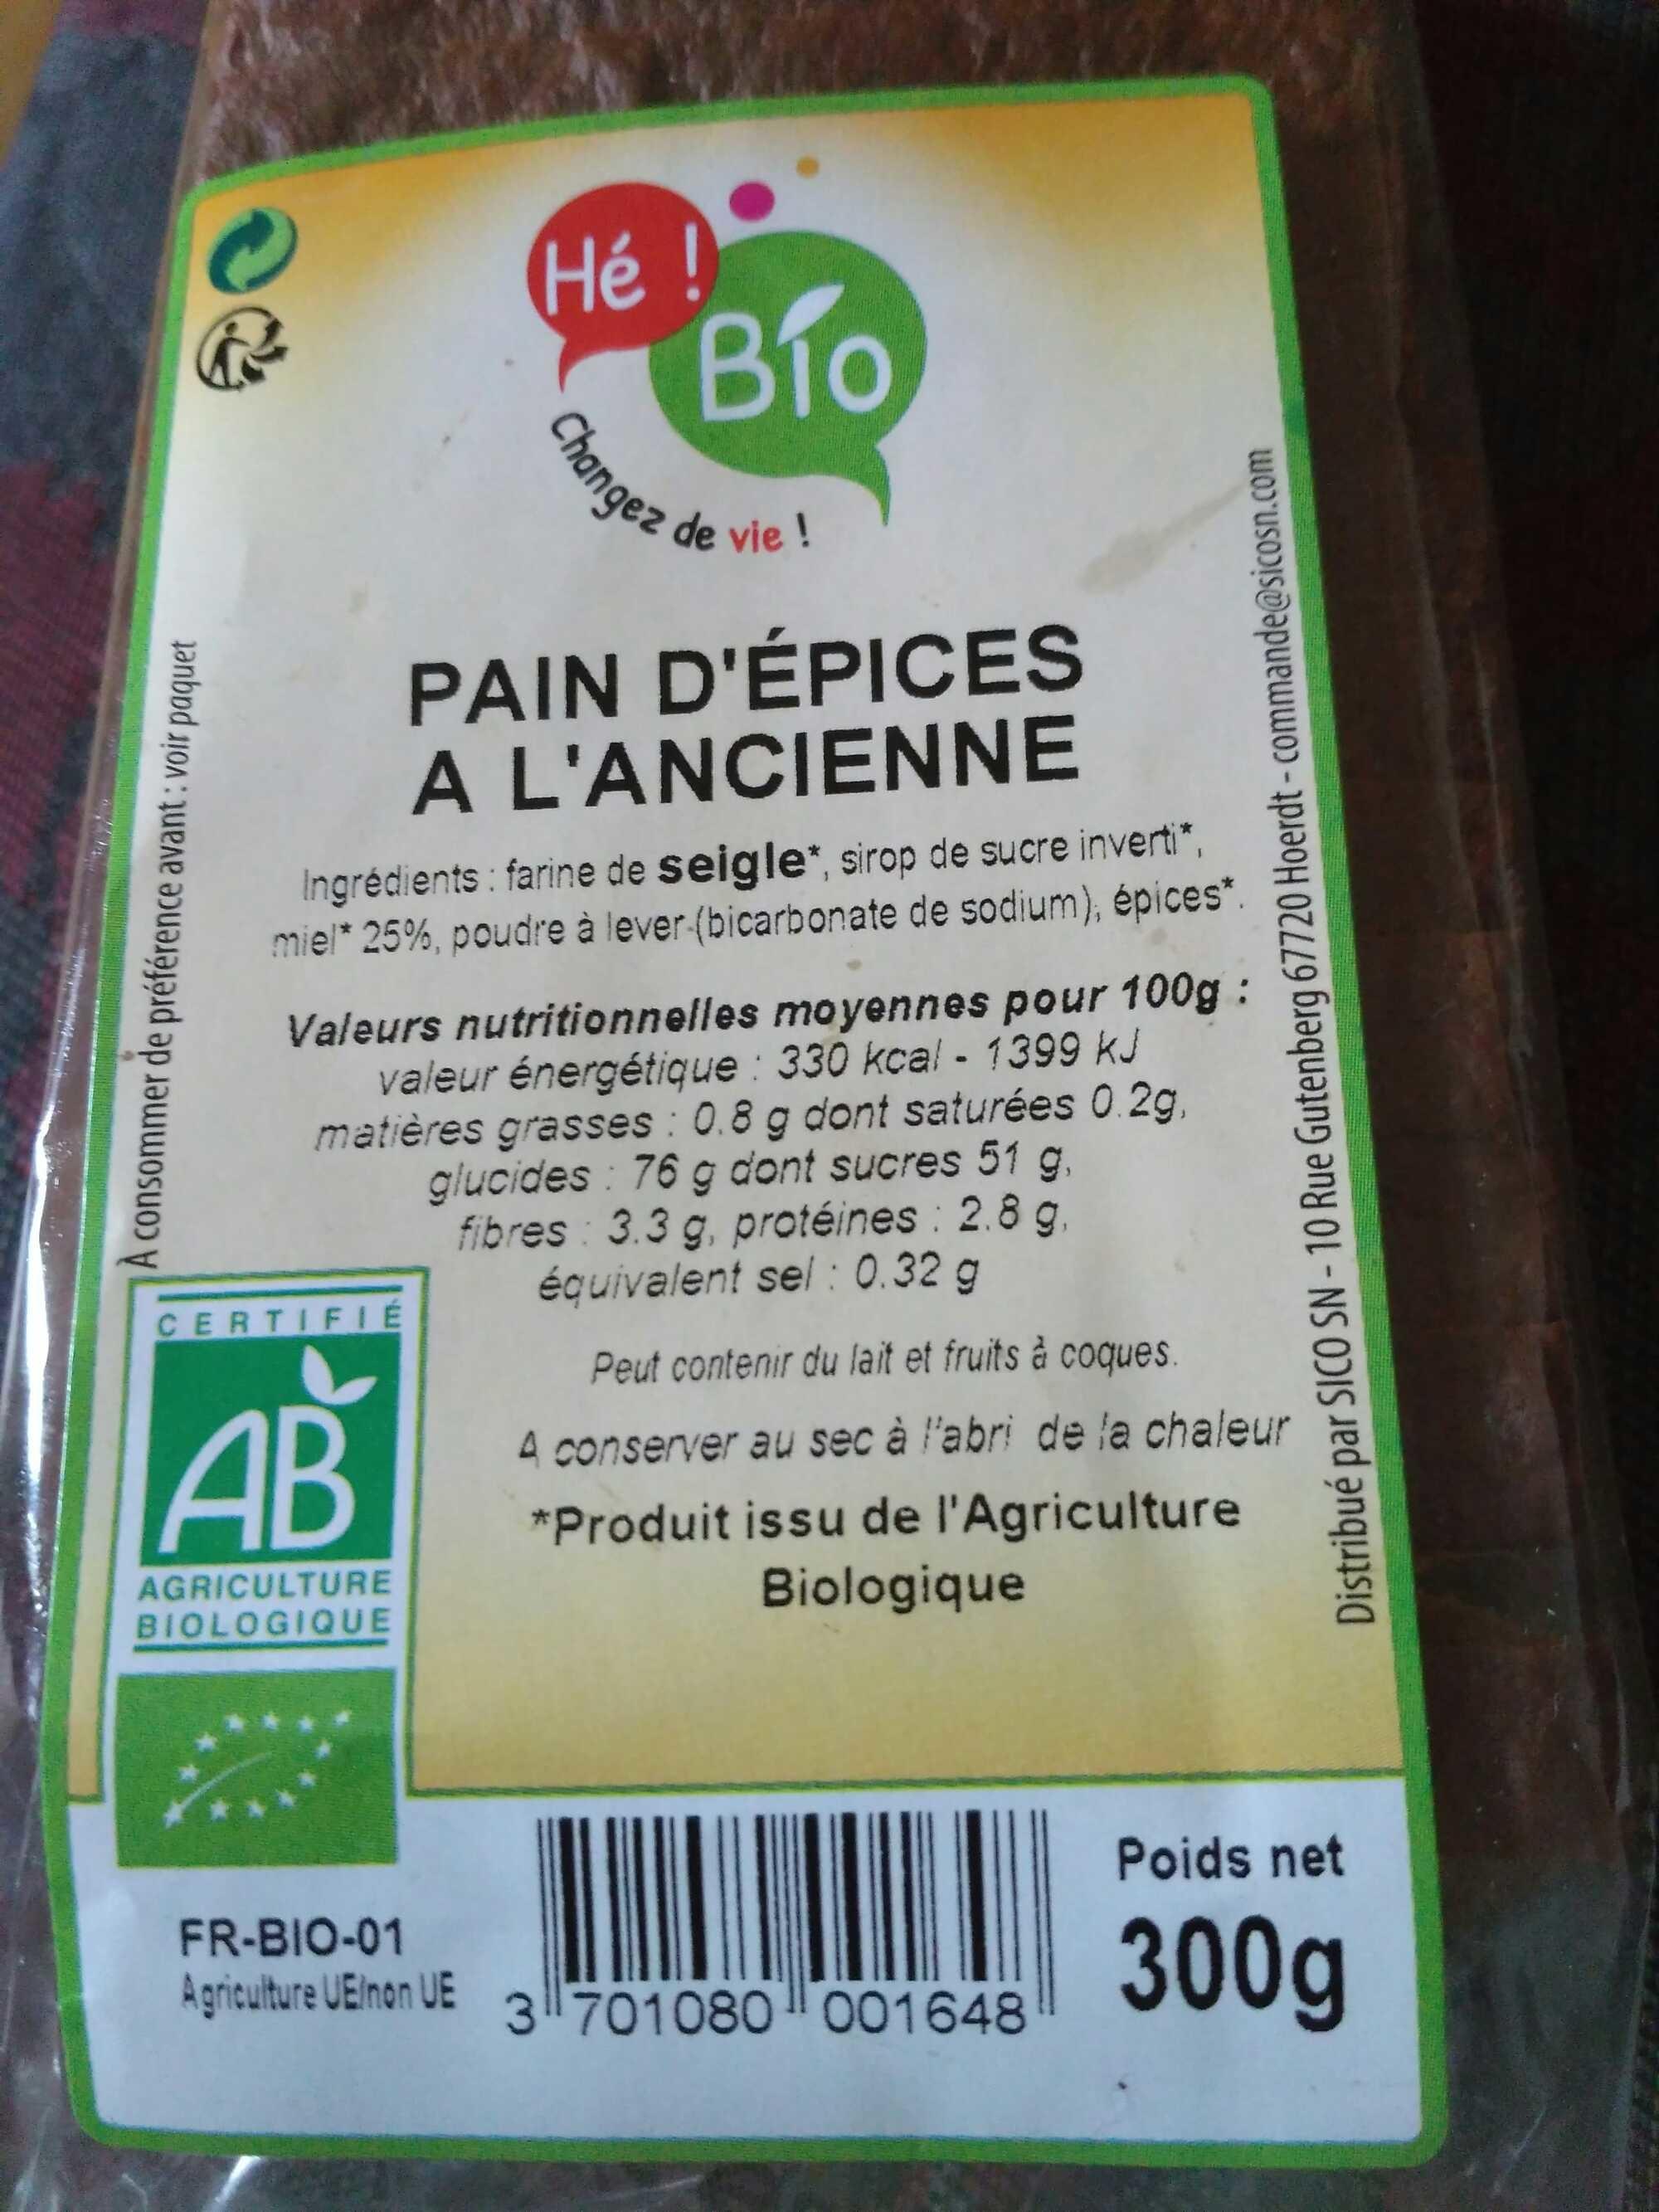
À consommer de préférence avant : voir paquet
Hé !
CERTIFIÉ
AB
AGRICULTURE BIOLOGIQUE
Changez
Bío
PAIN D'ÉPICES
A L'ANCIENNE
FR-BIO-01 Agriculture UElnon UE
de vie !
Ingrédients: farine de seigle*, sirop de sucre inverti*. miel* 25%, poudre à lever (bicarbonate de sodium), épices*.
Valeurs nutritionnelles moyennes pour 100g: valeur énergétique: 330 kcal - 1399 KJ matières grasses: 0.8 g dont saturées 0.2g, glucides: 76 g dont sucres 51 g, fibres: 3.3 g, protéines : 2.8 g, équivalent sel : 0.32 g
Distribué par SICO SN - 10 Rue Gutenberg 67720 Hoerdt - commande@sicosn.com
Peut contenir du lait et fruits à coques.
A conserver au sec à l'abri de la chaleur
*Produit issu de l'Agriculture Biologique
3701080 001648
Poids net
300g